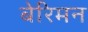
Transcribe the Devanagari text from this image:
बेरिमन